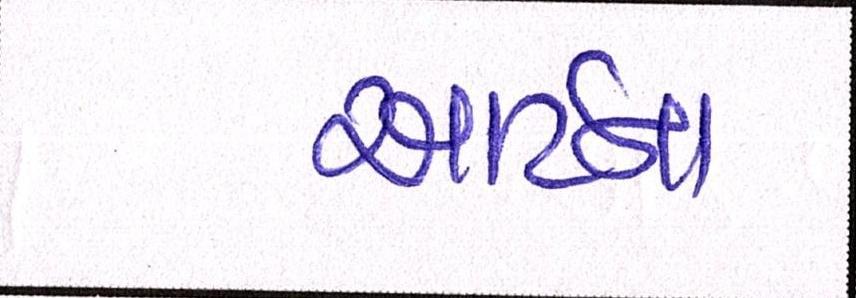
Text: આર્ટના